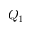
Q _ { 1 }